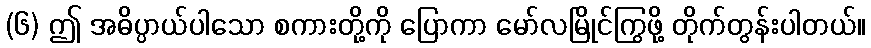
(၆) ဤ အဓိပ္ပာယ်ပါသော စကားတို့ကို ပြောကာ မော်လမြိုင်ကြွဖို့ တိုက်တွန်းပါတယ်။